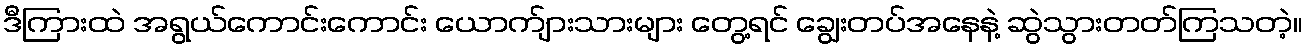
ဒီကြားထဲ အရွယ်ကောင်းကောင်း ယောက်ျားသားများ တွေ့ရင် ချွေးတပ်အနေနဲ့ ဆွဲသွားတတ်ကြသတဲ့။